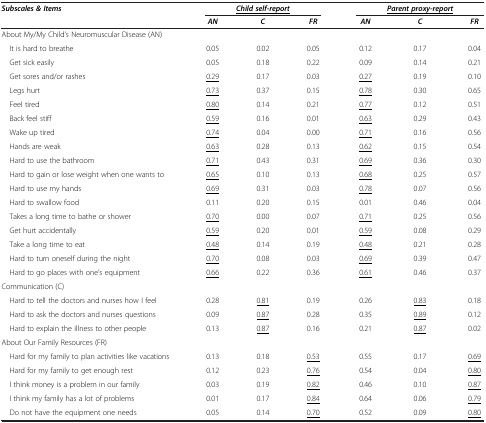
<table><thead><tr><td><b><i>Subscales &amp; Items</i></b></td><td colspan="3"><b><i><underline>Child self-report</underline></i></b></td><td colspan="3"><b><i><underline>Parent proxy-report</underline></i></b></td></tr><tr><td><b> </b></td><td><b><i>AN</i></b></td><td><b><i>C</i></b></td><td><b><i>FR</i></b></td><td><b><i>AN</i></b></td><td><b><i>C</i></b></td><td><b><i>FR</i></b></td></tr></thead><tbody><tr><td>About My/My Child’s Neuromuscular Disease (AN)</td><td> </td><td> </td><td> </td><td> </td><td> </td><td> </td></tr><tr><td> It is hard to breathe</td><td>0.05</td><td>0.02</td><td>0.05</td><td>0.12</td><td>0.17</td><td>0.04</td></tr><tr><td> Get sick easily</td><td>0.05</td><td>0.18</td><td>0.22</td><td>0.09</td><td>0.14</td><td>0.21</td></tr><tr><td> Get sores and/or rashes</td><td><underline>0.29</underline></td><td>0.17</td><td>0.03</td><td><underline>0.27</underline></td><td>0.19</td><td>0.10</td></tr><tr><td> Legs hurt</td><td><underline>0.73</underline></td><td>0.37</td><td>0.15</td><td><underline>0.78</underline></td><td>0.30</td><td>0.65</td></tr><tr><td> Feel tired</td><td><underline>0.80</underline></td><td>0.14</td><td>0.21</td><td><underline>0.77</underline></td><td>0.12</td><td>0.51</td></tr><tr><td> Back feel stiff</td><td><underline>0.59</underline></td><td>0.16</td><td>0.01</td><td><underline>0.63</underline></td><td>0.29</td><td>0.43</td></tr><tr><td> Wake up tired</td><td><underline>0.74</underline></td><td>0.04</td><td>0.00</td><td><underline>0.71</underline></td><td>0.16</td><td>0.56</td></tr><tr><td> Hands are weak</td><td><underline>0.63</underline></td><td>0.28</td><td>0.13</td><td><underline>0.62</underline></td><td>0.15</td><td>0.54</td></tr><tr><td> Hard to use the bathroom</td><td><underline>0.71</underline></td><td>0.43</td><td>0.31</td><td><underline>0.69</underline></td><td>0.36</td><td>0.30</td></tr><tr><td> Hard to gain or lose weight when one wants to</td><td><underline>0.65</underline></td><td>0.10</td><td>0.13</td><td><underline>0.68</underline></td><td>0.25</td><td>0.57</td></tr><tr><td> Hard to use my hands</td><td><underline>0.69</underline></td><td>0.31</td><td>0.03</td><td><underline>0.78</underline></td><td>0.07</td><td>0.56</td></tr><tr><td> Hard to swallow food</td><td>0.11</td><td>0.20</td><td>0.15</td><td>0.01</td><td>0.46</td><td>0.04</td></tr><tr><td> Takes a long time to bathe or shower</td><td><underline>0.70</underline></td><td>0.00</td><td>0.07</td><td><underline>0.71</underline></td><td>0.25</td><td>0.56</td></tr><tr><td> Get hurt accidentally</td><td><underline>0.59</underline></td><td>0.20</td><td>0.01</td><td><underline>0.59</underline></td><td>0.08</td><td>0.29</td></tr><tr><td> Take a long time to eat</td><td><underline>0.48</underline></td><td>0.14</td><td>0.19</td><td><underline>0.48</underline></td><td>0.21</td><td>0.28</td></tr><tr><td> Hard to turn oneself during the night</td><td><underline>0.70</underline></td><td>0.08</td><td>0.03</td><td><underline>0.69</underline></td><td>0.39</td><td>0.47</td></tr><tr><td> Hard to go places with one’s equipment</td><td><underline>0.66</underline></td><td>0.22</td><td>0.36</td><td><underline>0.61</underline></td><td>0.46</td><td>0.37</td></tr><tr><td>Communication (C)</td><td> </td><td> </td><td> </td><td> </td><td> </td><td> </td></tr><tr><td> Hard to tell the doctors and nurses how I feel</td><td>0.28</td><td><underline>0.81</underline></td><td>0.19</td><td>0.26</td><td><underline>0.83</underline></td><td>0.18</td></tr><tr><td> Hard to ask the doctors and nurses questions</td><td>0.09</td><td><underline>0.87</underline></td><td>0.28</td><td>0.35</td><td><underline>0.89</underline></td><td>0.12</td></tr><tr><td> Hard to explain the illness to other people</td><td>0.13</td><td><underline>0.87</underline></td><td>0.16</td><td>0.21</td><td><underline>0.87</underline></td><td>0.02</td></tr><tr><td>About Our Family Resources (FR)</td><td> </td><td> </td><td> </td><td> </td><td> </td><td> </td></tr><tr><td> Hard for my family to plan activities like vacations</td><td>0.13</td><td>0.18</td><td><underline>0.53</underline></td><td>0.55</td><td>0.17</td><td><underline>0.69</underline></td></tr><tr><td> Hard for my family to get enough rest</td><td>0.12</td><td>0.23</td><td><underline>0.76</underline></td><td>0.54</td><td>0.04</td><td><underline>0.80</underline></td></tr><tr><td> I think money is a problem in our family</td><td>0.03</td><td>0.19</td><td><underline>0.82</underline></td><td>0.46</td><td>0.10</td><td><underline>0.87</underline></td></tr><tr><td> I think my family has a lot of problems</td><td>0.01</td><td>0.17</td><td><underline>0.84</underline></td><td>0.64</td><td>0.06</td><td><underline>0.79</underline></td></tr><tr><td> Do not have the equipment one needs</td><td>0.05</td><td>0.14</td><td><underline>0.70</underline></td><td>0.52</td><td>0.09</td><td><underline>0.80</underline></td></tr></tbody></table>